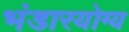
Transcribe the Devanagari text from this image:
भंडारयोग्य